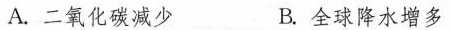
A.二氧化碳减少 B.全球降水增多